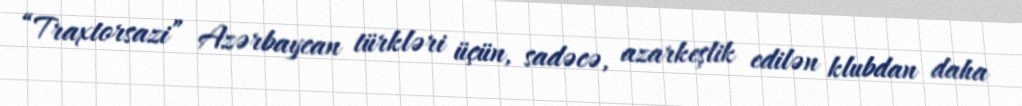
“Traxtorsazi” Azərbaycan türkləri üçün, sadəcə, azarkeşlik edilən klubdan daha